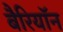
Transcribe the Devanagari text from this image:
बैरियॉन